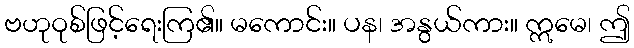
ဗဟုဝုစ်ဖြင့်ရေးကြ၏။ မကောင်း။ ပန၊ အနွယ်ကား။ ဣမေ၊ ဤ